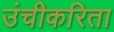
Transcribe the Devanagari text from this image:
उंचीकरिता